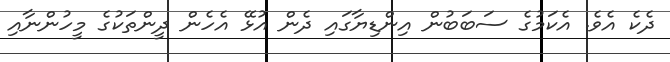
ދެކެ އެވެ. އެކަމުގެ ސަބަބުން އިންޑިޔާގައި ދެން އުޅޭ އެހެން ދީންތަކުގެ މީހުންނާއި